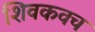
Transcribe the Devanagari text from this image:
शिवकवच